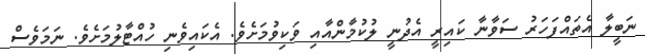
ނަބީލާ އެތައްފަހަރު ސަވާނާ ކައިރީ އެދުނީ ލުކުމާންއާއި ވަކިވުމަށެވެ. އެކައިވެނި ހުއްޓާލުމަށެވެ. ނަމަވެސް